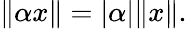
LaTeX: \| \alpha x\| =|\alpha|\| x\| .